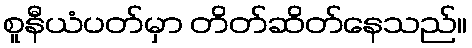
စူနီယံပတ်မှာ တိတ်ဆိတ်နေသည်။